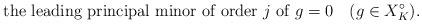
LaTeX: \begin{align*} \textrm{the leading principal minor of order} \ j \ \textrm{of} \ g = 0 \ \ \ (g \in X_K^\circ).\end{align*}